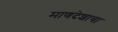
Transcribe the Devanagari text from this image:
माणदेशाचा